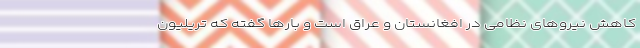
کاهش نیروهای نظامی در افغانستان و عراق است و بارها گفته که تریلیون